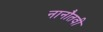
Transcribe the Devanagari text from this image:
नानौतवी